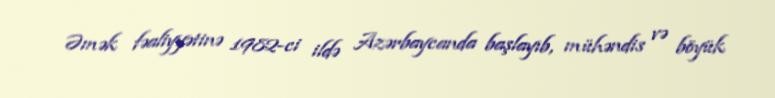
Əmək fəaliyyətinə 1982-ci ildə Azərbaycanda başlayıb, mühəndis və böyük